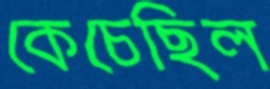
কেচেছিল